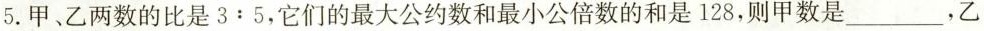
5.甲、乙两数的比是3:5，它们的最大公约数和最小公倍数的和是128，则甲数是___，乙